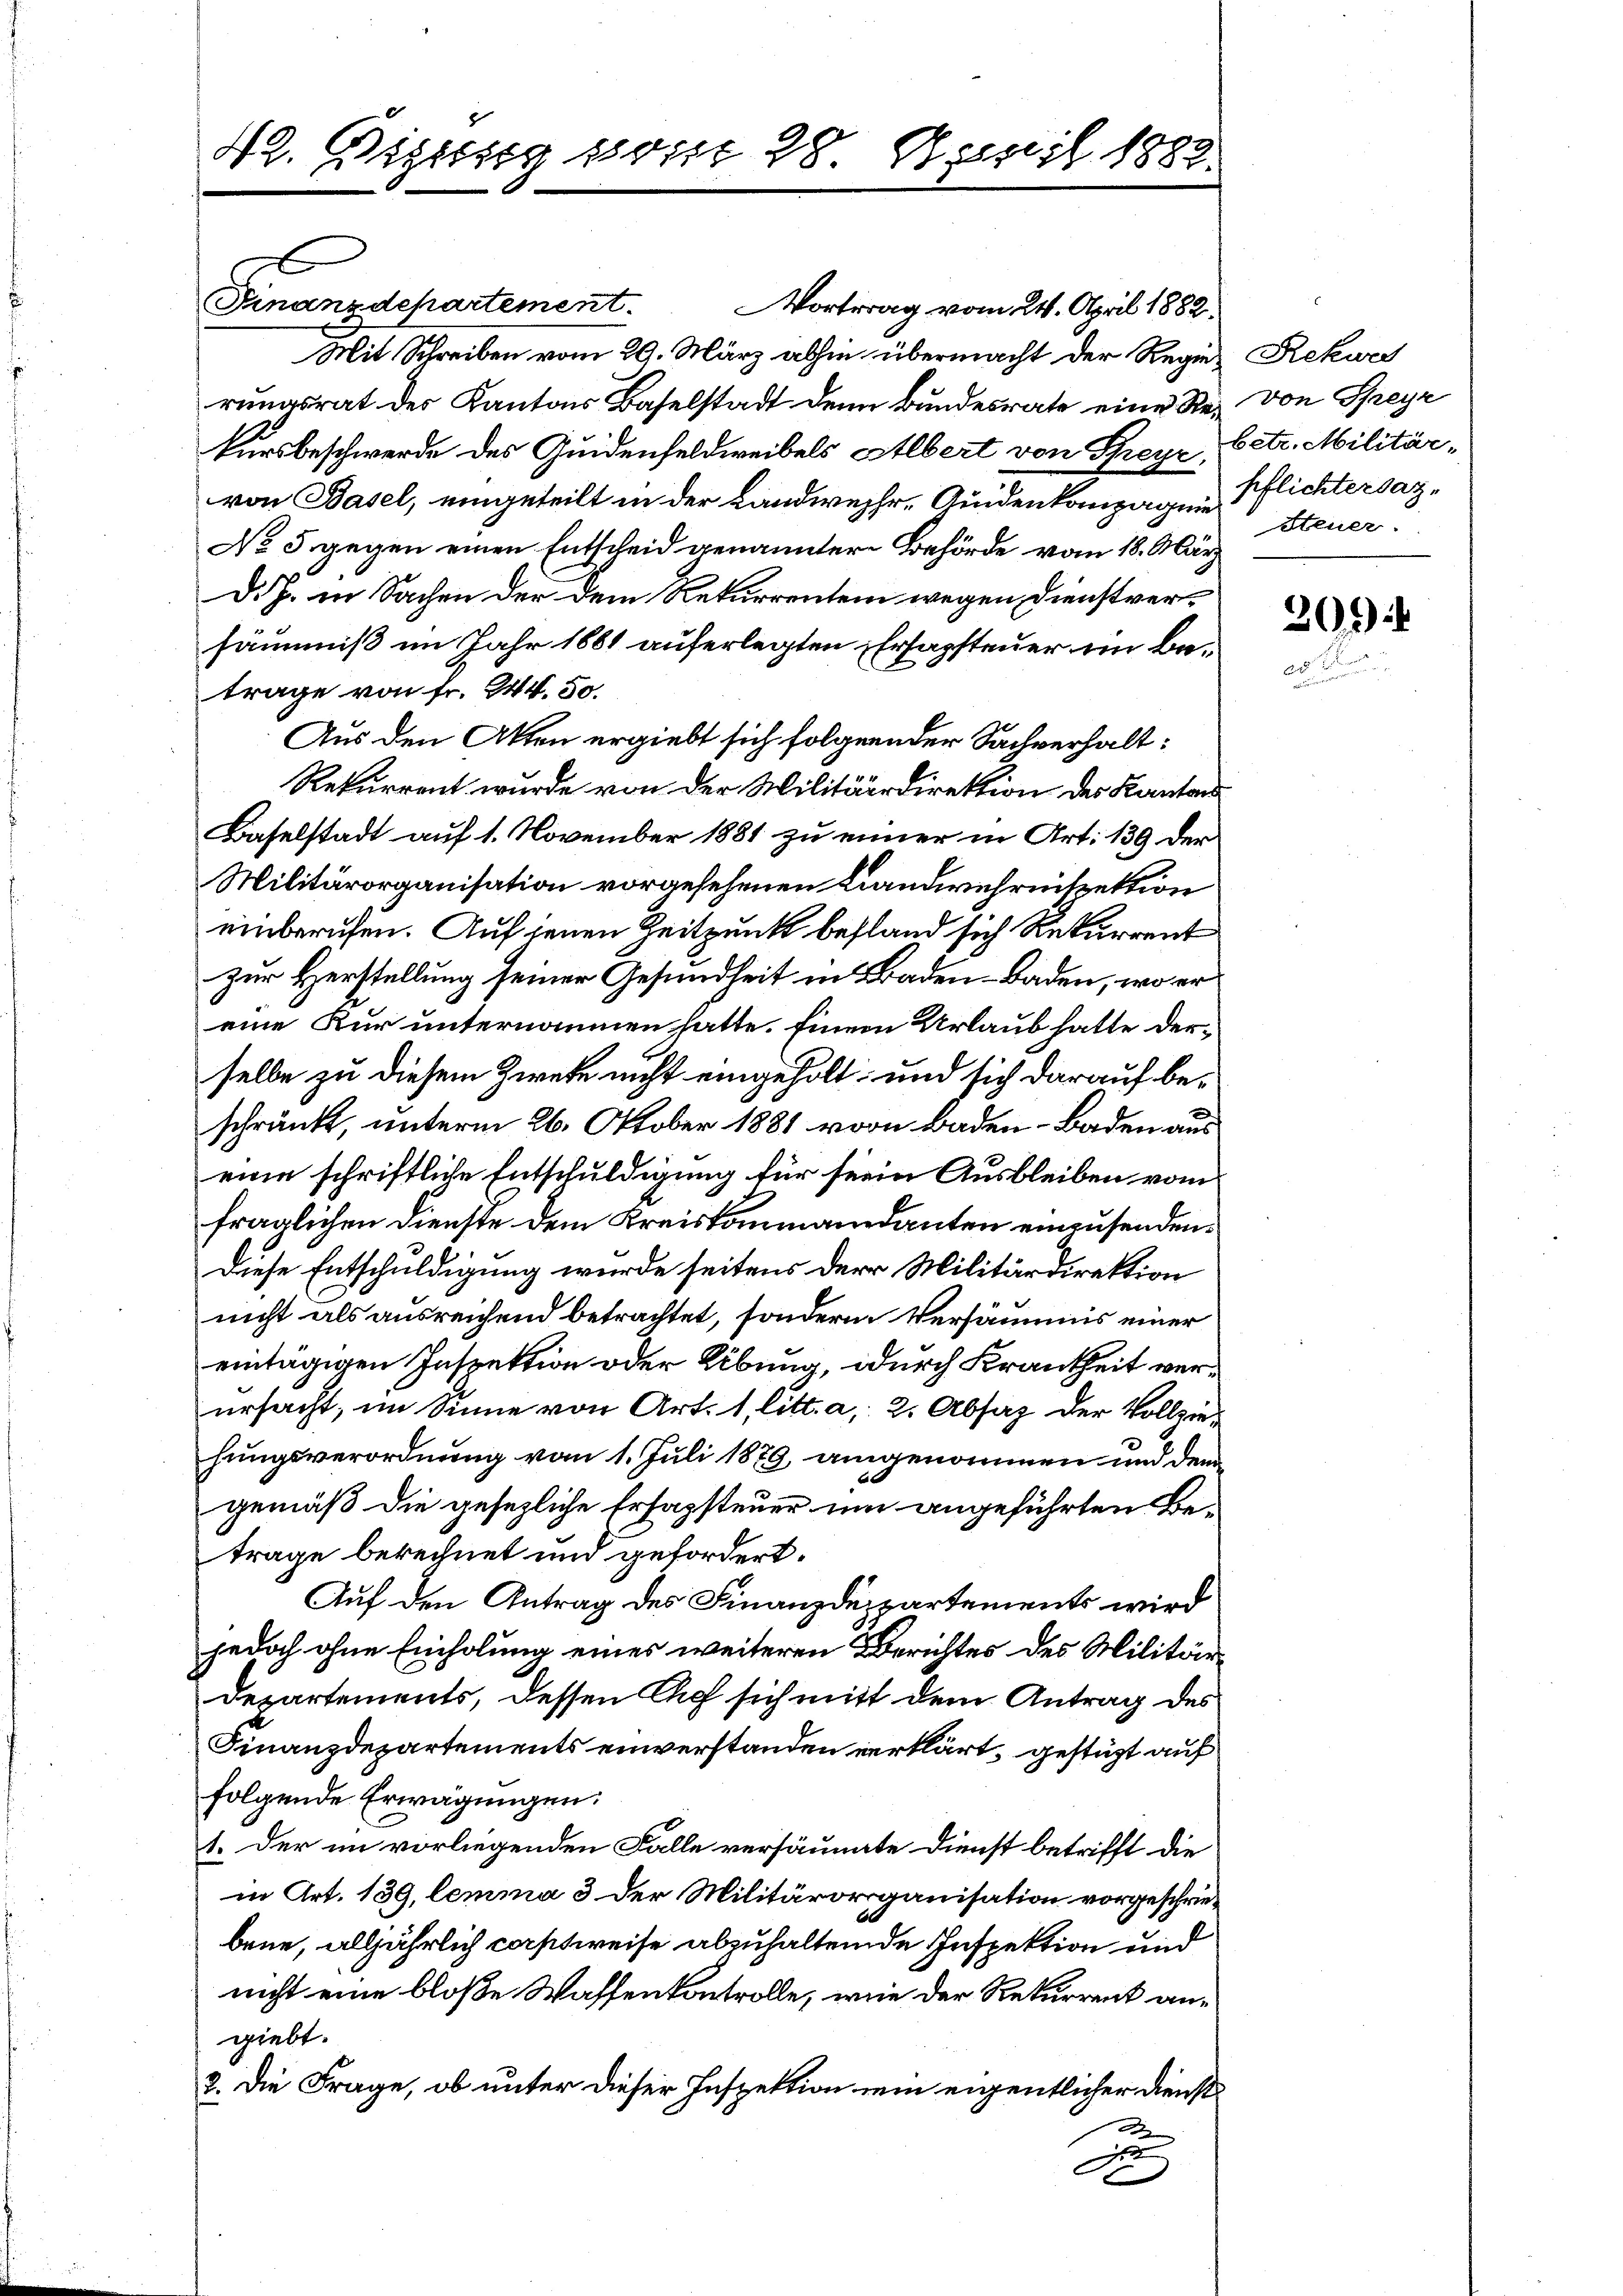
42. Diesig sont 28 April 1888

Finanzdepartement.

Vortrag vom 24. April 1882.
Mit Schreiben vom 29. März abhin übermacht der Regier Rekurs
rungsrat des Kantons Baselstadt denn Bundesrate eine Re- von Speyr
kursbeschwerde des Quidenfeldweibels Albert von Speyr,
von Basel, eingeteilt in der Landwehr, Quidenkampagnie
No 5 gegen einen Entscheid genannter Behörde vom 18. März
d.J. in Sachen der dem Rekurrentem wegen Dienstversäumniß im Jahr 1861 auferlegten Ersagsteuer im Betrage von fr. 244. 50.
Aus den Akten ergiebt sich folgender Sachverhalt:
Rekurrent wurde von der Militärdirektion des Kanton
Baselstadt auf 1. November 1881 zu einer in Art. 139 der
Militärorganisation vorgesehenen Landwehrnispektion
einberufen. Auf jenen Zeitpunkt befland sich Rekurrent
zur Herstellung seiner Gesundheit in Baden–Baden, wo er
eine Kur unternommen hatte. Einem Urlaub hatte derselbe zu diesem Zweke nicht eingeholt, und sich darauf beschränkt, unterm 26. Oktober 1881 von Baden–Baden aus
eine schriftliche Entschuldigung für sein Ausbleiben vom
fraglichen Dienste dem Kreiskommandanten einzusenden.
Diese Entschuldigung wurde seitens der Militärdirektion
nicht als ausreichend betrachtet, sondern Versäumis einer
eintägigen Inspektion oder Übung, durch Krankheit verursacht, im Sinne von Art. 1, litt. a, 2. Absaz der Vollziehungsverordnung vom 1. Juli 1879, angenommen und dem
gemäß die gesezliche Erfassteuer um angeführten Betrage berechnet und gefordert.
Auf den Antrag des Finanzdepartements wird
jedoch ohne Einholung eines weiteren Berichtes des Militär¬
Departements, dessen Chef sich mitt dem Antrag des
Finanzdepartements einverstanden verklärt, gestüzt auf
folgende Erwägungen:
1. Der im vorliegenden Falle versäumte Dienst betrifft die
in Art. 139, lemma 3 der Militärorganisation vorgeschriebene, alljährlich corstweise abzuhaltende Inspektion und
nicht eine bloße Waffenkontrolle, wie der Rekurrent angiebt.
2. Die Frage, ob unter dieser Inspektion ein eigentlicher Dienst
d
d

betr. Militär-
pflichtersaz-
Steuer.

303